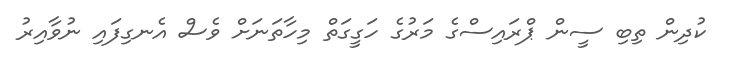
ކުދިން ތިބި ސީން ޕްރައިސްގެ މަރުގެ ހަގީގަތް މިހާތަނަށް ވެސް އެނގިފައި ނުވާއިރު